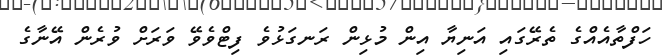
ހަފްތާއެއްގެ ތެރޭގައި އަނިޔާ އިން މުޅިން ރަނގަޅުވެ ފިޓްވެވޭ ވަރަށް ވުރެން އޭނާގެ